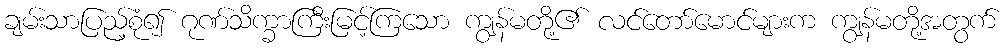
ချမ်းသာပြည့်စုံ၍ ဂုဏ်သိက္ခာကြီးမြင့်ကြသော ကျွန်မတို့၏ လင်တော်မောင်များက ကျွန်မတို့အတွက်